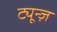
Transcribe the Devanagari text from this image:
ट्यून्ज़